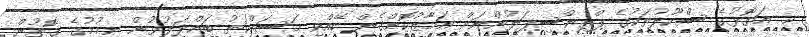
ކ. އަތޮޅުގެ ސްކޫލުތަކުގެ ޕްރިންސިޕަލުންނަށް އަމާޒުކޮށްގެން ބޭއްވި މަސައްކަތު ބައްދަލުވުން ނިމުމުގެ ގޮތުން